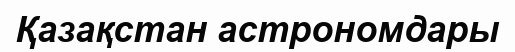
Қазақстан астрономдары